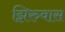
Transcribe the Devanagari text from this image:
झिरुवास